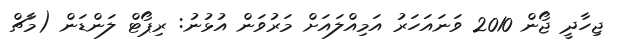
ޖިހާދީ ޖޯން 2010 ވަނައަަހަރު އަމިއްލައަށް މަރުވަން އުޅުނު: ރިޕޯޓް ލަންޑަން (މާޗް